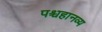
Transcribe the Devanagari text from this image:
पश्चहानव्य